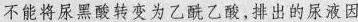
不能将尿黑酸变为乙酰乙酸，排出的尿液因